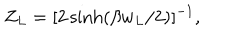
Z _ { L } = [ 2 \sinh ( \beta w _ { L } / 2 ) ] ^ { - 1 } ,